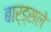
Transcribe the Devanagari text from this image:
बार्ड्सले